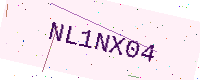
Text: NL1NX04